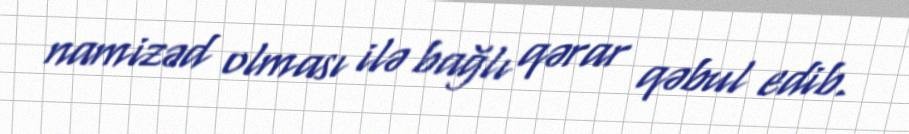
namizəd olması ilə bağlı qərar qəbul edib.